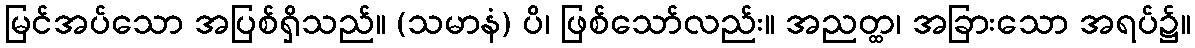
မြင်အပ်သော အပြစ်ရှိသည်။ (သမာနံ) ပိ၊ ဖြစ်သော်လည်း။ အညတ္ထ၊ အခြားသော အရပ်၌။